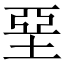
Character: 堊